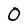
Character: 0